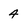
Character: 4